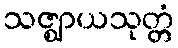
သဇ္ဈာယသုတ္တံ